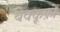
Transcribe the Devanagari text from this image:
बेवकूफ़ों